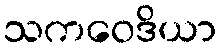
သကဝေဒိယာ